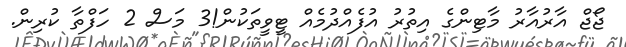
ޖޯޖް އާރުއާރު މާޓިންގެ އިތުރު އުފެއްދުމެއް ޓީވީތަކުން!3 މަސް 2 ހަފްތާ ކުރިން.